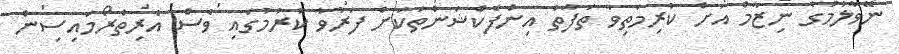
ނޭވާލުމުގެ ނިޒާމް އަށް ކުރިމަތިވާ ތަފާތު އިންފެކްޝަންތަކަށް ފަރުވާ ކުރުމުގައި ވެސް އެރިތްރޯމައިސިން